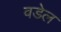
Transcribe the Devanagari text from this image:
वडेल